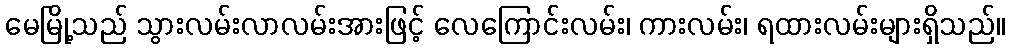
မေမြို့သည် သွားလမ်းလာလမ်းအားဖြင့် လေကြောင်းလမ်း၊ ကားလမ်း၊ ရထားလမ်းများရှိသည်။